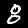
Digit: 8